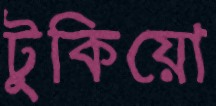
টুকিয়ো